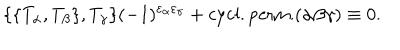
LaTeX: \{ \{ T _ { \alpha } , T _ { \beta } \} , T _ { \gamma } \} ( - 1 ) ^ { \varepsilon _ { \alpha } \varepsilon _ { \gamma } } + \mathrm { c y c l . p e r m . } ( \alpha \beta \gamma ) \equiv 0 .